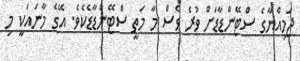
ޖަމިއްޔާގެ ސްޓޭންޑާޑަށް ވުރެ ވެސް މާ މަތީ ސްޓޭންޑާޑެކެވެ. އޭގެ މާނައަކީ މި